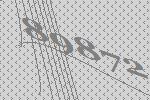
89872